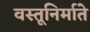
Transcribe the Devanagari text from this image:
वस्तूनिर्माते